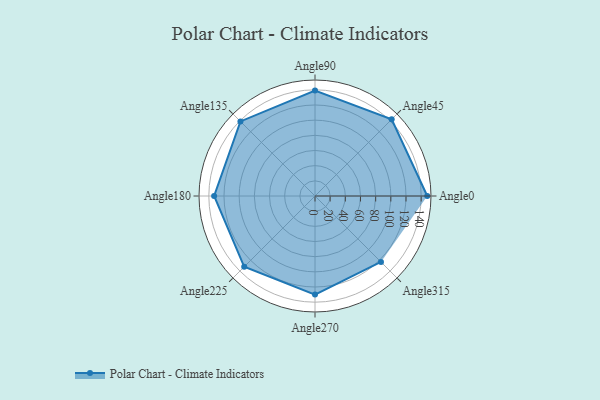
{"axis": {"x": "Angle", "y": "Radius"}, "legend": [""], "data": [{"x": "Angle0", "y": 148.0, "type": ""}, {"x": "Angle45", "y": 143.0, "type": ""}, {"x": "Angle90", "y": 139.0, "type": ""}, {"x": "Angle135", "y": 139.0, "type": ""}, {"x": "Angle180", "y": 133.0, "type": ""}, {"x": "Angle225", "y": 132.0, "type": ""}, {"x": "Angle270", "y": 130.0, "type": ""}, {"x": "Angle315", "y": 123.0, "type": ""}]}